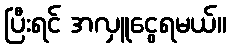
ပြီးရင် အလှူငွေရမယ်။